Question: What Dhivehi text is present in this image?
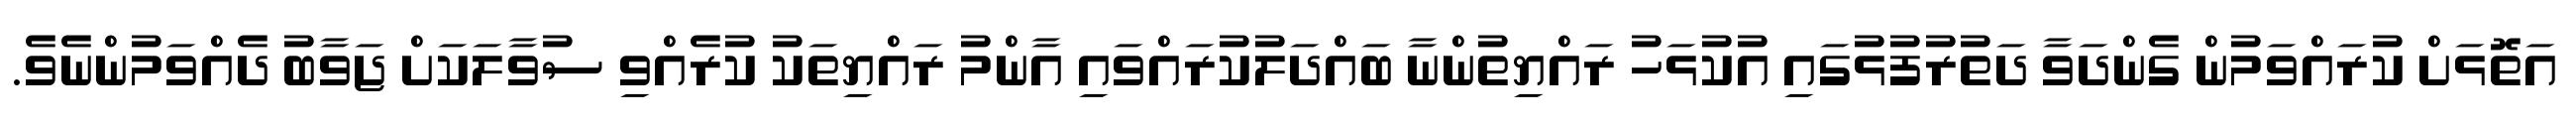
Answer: އަތޮޅަށް ކުރައްވަމުން ގެންދަވާ ދަތުރުފުޅުގައި އުކުޅަހު ރައްޔިތުންނާ ބައްދަލުކުރައްވައި އާންމު ރައްޔިތަކު ކުރެއްވި ސުވާލަކަށް ޖަވާބު ދެއްވަމުންނެވެ.